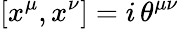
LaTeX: [x^{\mu},x^{\nu}]=i\, \theta^{\mu\nu}